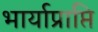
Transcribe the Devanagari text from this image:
भार्याप्राप्ति